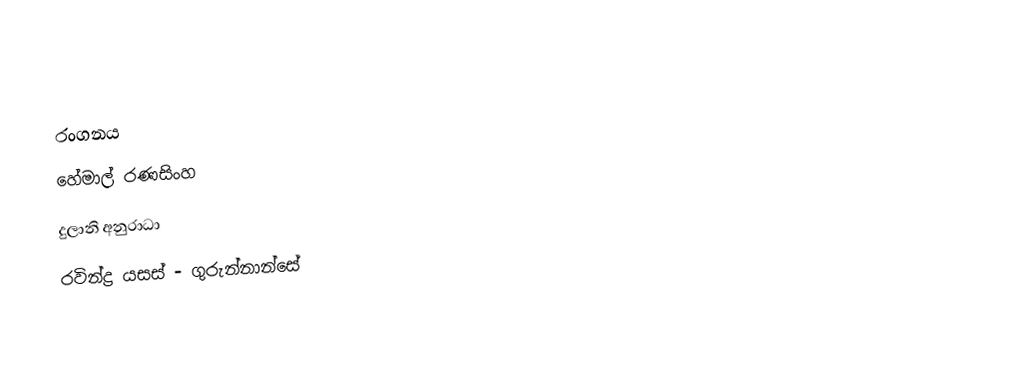

රංගනය
හේමාල් රණසිංහ
දුලානි අනුරාධා
රවින්ද්‍ර යසස් - ගුරුන්නාන්සේ